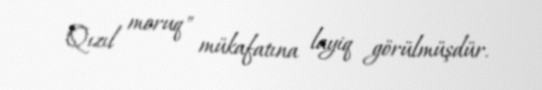
"Qızıl moruq" mükafatına layiq görülmüşdür.